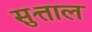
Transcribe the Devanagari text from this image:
सुत्ताल